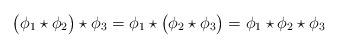
LaTeX: \begin{align*}\bigl(\phi_1\star\phi_2\bigr)\star\phi_3=\phi_1\star\bigl(\phi_2\star\phi_3\bigr)=\phi_1\star\phi_2\star\phi_3\end{align*}